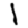
Digit: 1